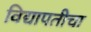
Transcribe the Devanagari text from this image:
विद्यापतीचा